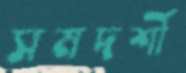
সমদর্শী